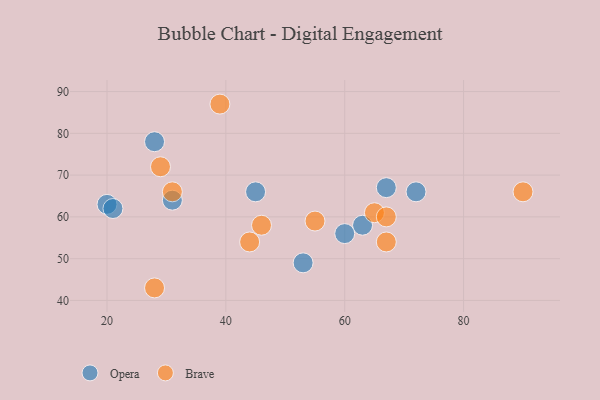
{"axis": {"x": "GDP", "y": "Life Expectancy"}, "legend": ["Brave", "Opera"], "data": [{"x": "63", "y": 58, "type": "Opera"}, {"x": "20", "y": 63, "type": "Opera"}, {"x": "31", "y": 64, "type": "Opera"}, {"x": "60", "y": 56, "type": "Opera"}, {"x": "45", "y": 66, "type": "Opera"}, {"x": "21", "y": 62, "type": "Opera"}, {"x": "72", "y": 66, "type": "Opera"}, {"x": "67", "y": 67, "type": "Opera"}, {"x": "53", "y": 49, "type": "Opera"}, {"x": "28", "y": 78, "type": "Opera"}, {"x": "44", "y": 54, "type": "Brave"}, {"x": "46", "y": 58, "type": "Brave"}, {"x": "31", "y": 66, "type": "Brave"}, {"x": "39", "y": 87, "type": "Brave"}, {"x": "28", "y": 43, "type": "Brave"}, {"x": "67", "y": 54, "type": "Brave"}, {"x": "55", "y": 59, "type": "Brave"}, {"x": "29", "y": 72, "type": "Brave"}, {"x": "65", "y": 61, "type": "Brave"}, {"x": "67", "y": 60, "type": "Brave"}, {"x": "90", "y": 66, "type": "Brave"}]}